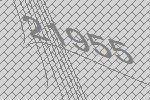
21955